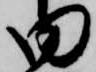
田